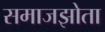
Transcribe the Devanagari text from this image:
समाजझोता